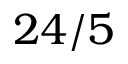
2 4 / 5